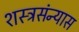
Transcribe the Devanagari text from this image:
शस्त्रसंन्यास